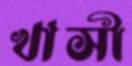
খাসী